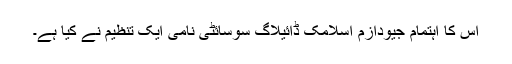
اس کا اہتمام جیودازم اسلامک ڈائیلاگ سوسائٹی نامی ایک تنظیم نے کیا ہے۔